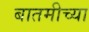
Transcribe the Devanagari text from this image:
बातमीच्या